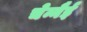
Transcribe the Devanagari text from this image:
चेन्नैई